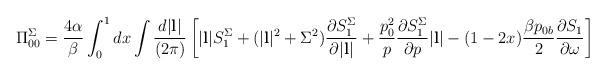
LaTeX: \begin{align*}\Pi^{\Sigma}_{00}={4\alpha \over \beta} \int^1_0 dx \int {d|{\bf l}| \over (2\pi)} \left[|{\bf l}| S^{\Sigma}_1+(|{\bf l}|^2+\Sigma^2) {\partial S^{\Sigma}_1 \over \partial |{\bf l}| }+{p^2_0 \over p}{\partial S^{\Sigma}_1 \over \partial p }|{\bf l}|-(1-2x){\beta p_{0b} \over2}{\partial S_1 \over \partial \omega} \right]\end{align*}